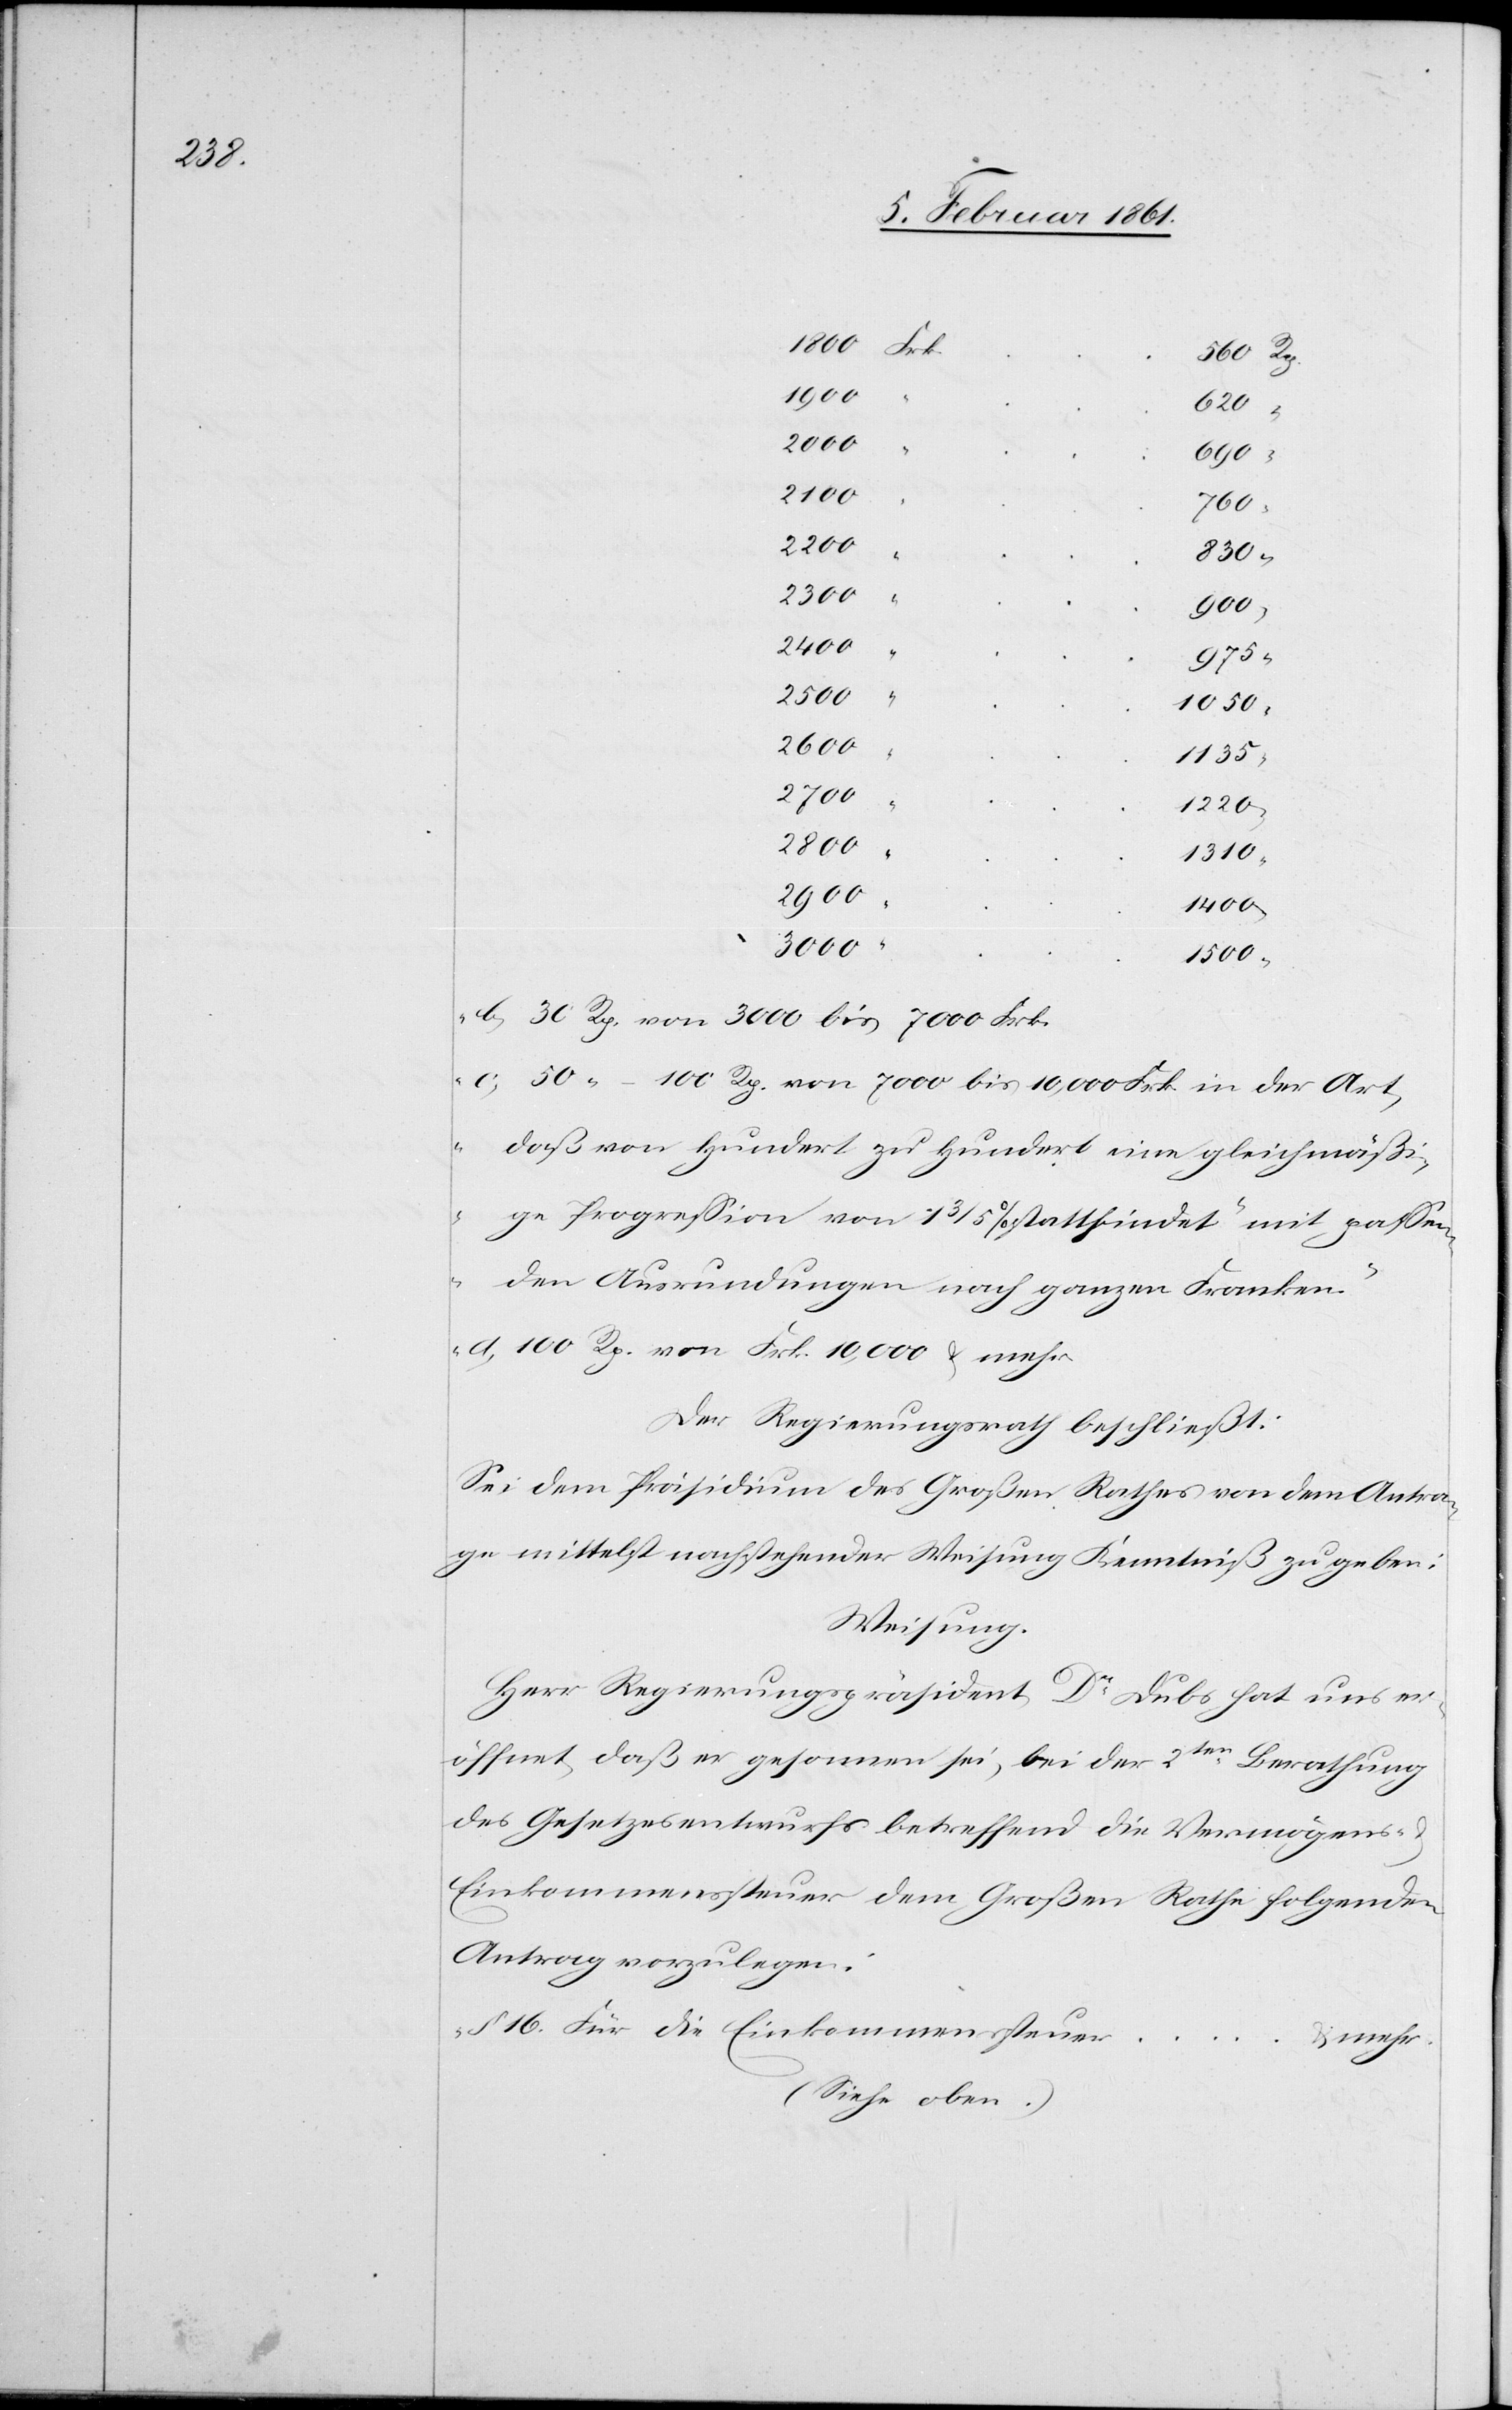
1800
Frk.
620
2000
690
“
2100
760
2200
830
2300
900
2400
975
“
2500
1050
2600
1135
2700
1220
2800
1310
2900
1400
3000
1500
b) 30 Rp. von 3000 bis 7000 Frk.
c) 50 [Rp.] – 100 Rp. von 7000 bis 10,000 Frk. in der Art,
daß von Hundert zu Hundert eine gleichmäßi¬
ge Progression von 1 3/5 % stattfindet mit passen¬
den Ausrundungen nach ganzen Franken.
d) 100 Rp. von Frk. 10,000 u. mehr[“]
Der Regierungsrath beschließt:
Sei dem Präsidium des Großen Rathes von dem Antra¬
ge mittelst nachstehender Weisung Kenntniß zu geben:
Weisung.
Herr Regierungspräsident Dr. Dubs hat uns er¬
öffnet, daß er gesonnen sei, bei der 2ten Beratung
des Gesetzesentwurfes betreffend die Vermögens-
Einkommenssteuer dem Großen Rathe folgenden
Antrag vorzulegen:
„§ 16 Für die Einkommensteuer
… u.
(siehe oben.)